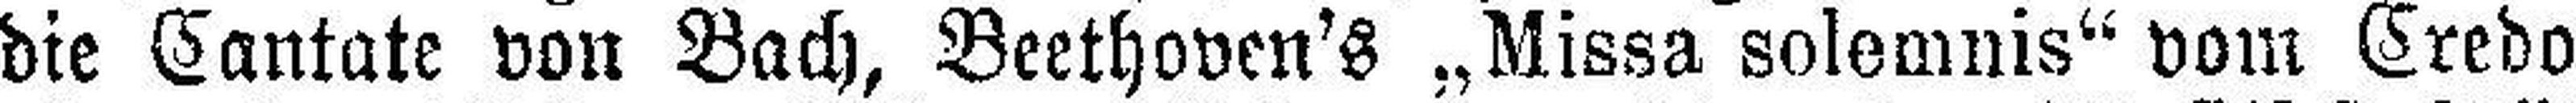
die Cantate von Bach, Beethoven's „Missa solemnis“ vom Credo